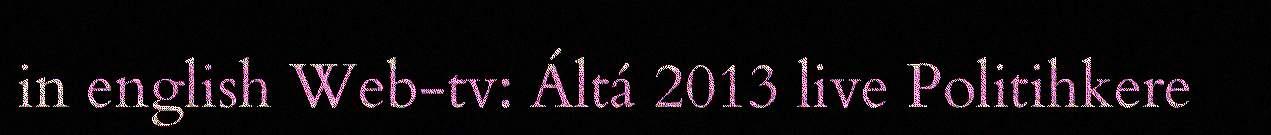
in english Web-tv: Áltá 2013 live Politihkere